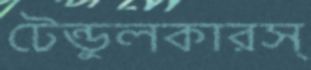
টেন্ডুলকারস্